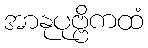
အာနုပုဗ္ဗိကထံ